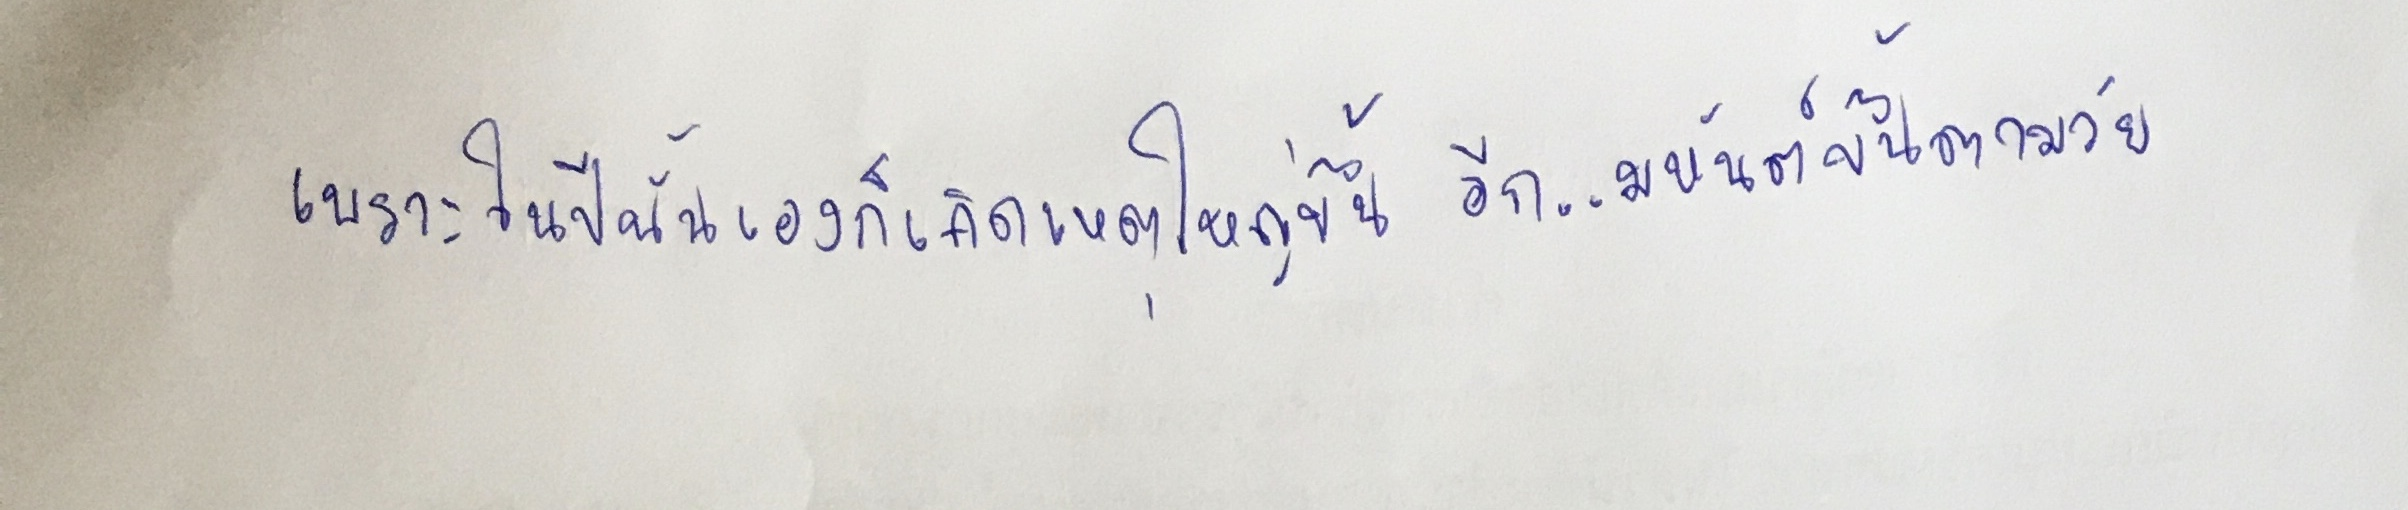
เพราะในปีนั้นเองก็เกิดเหตุใหญ่ขึ้นอีก..มหันต์ขึ้นตามวัย